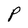
Character: P